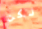
لكن